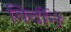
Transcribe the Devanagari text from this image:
विर्दीने